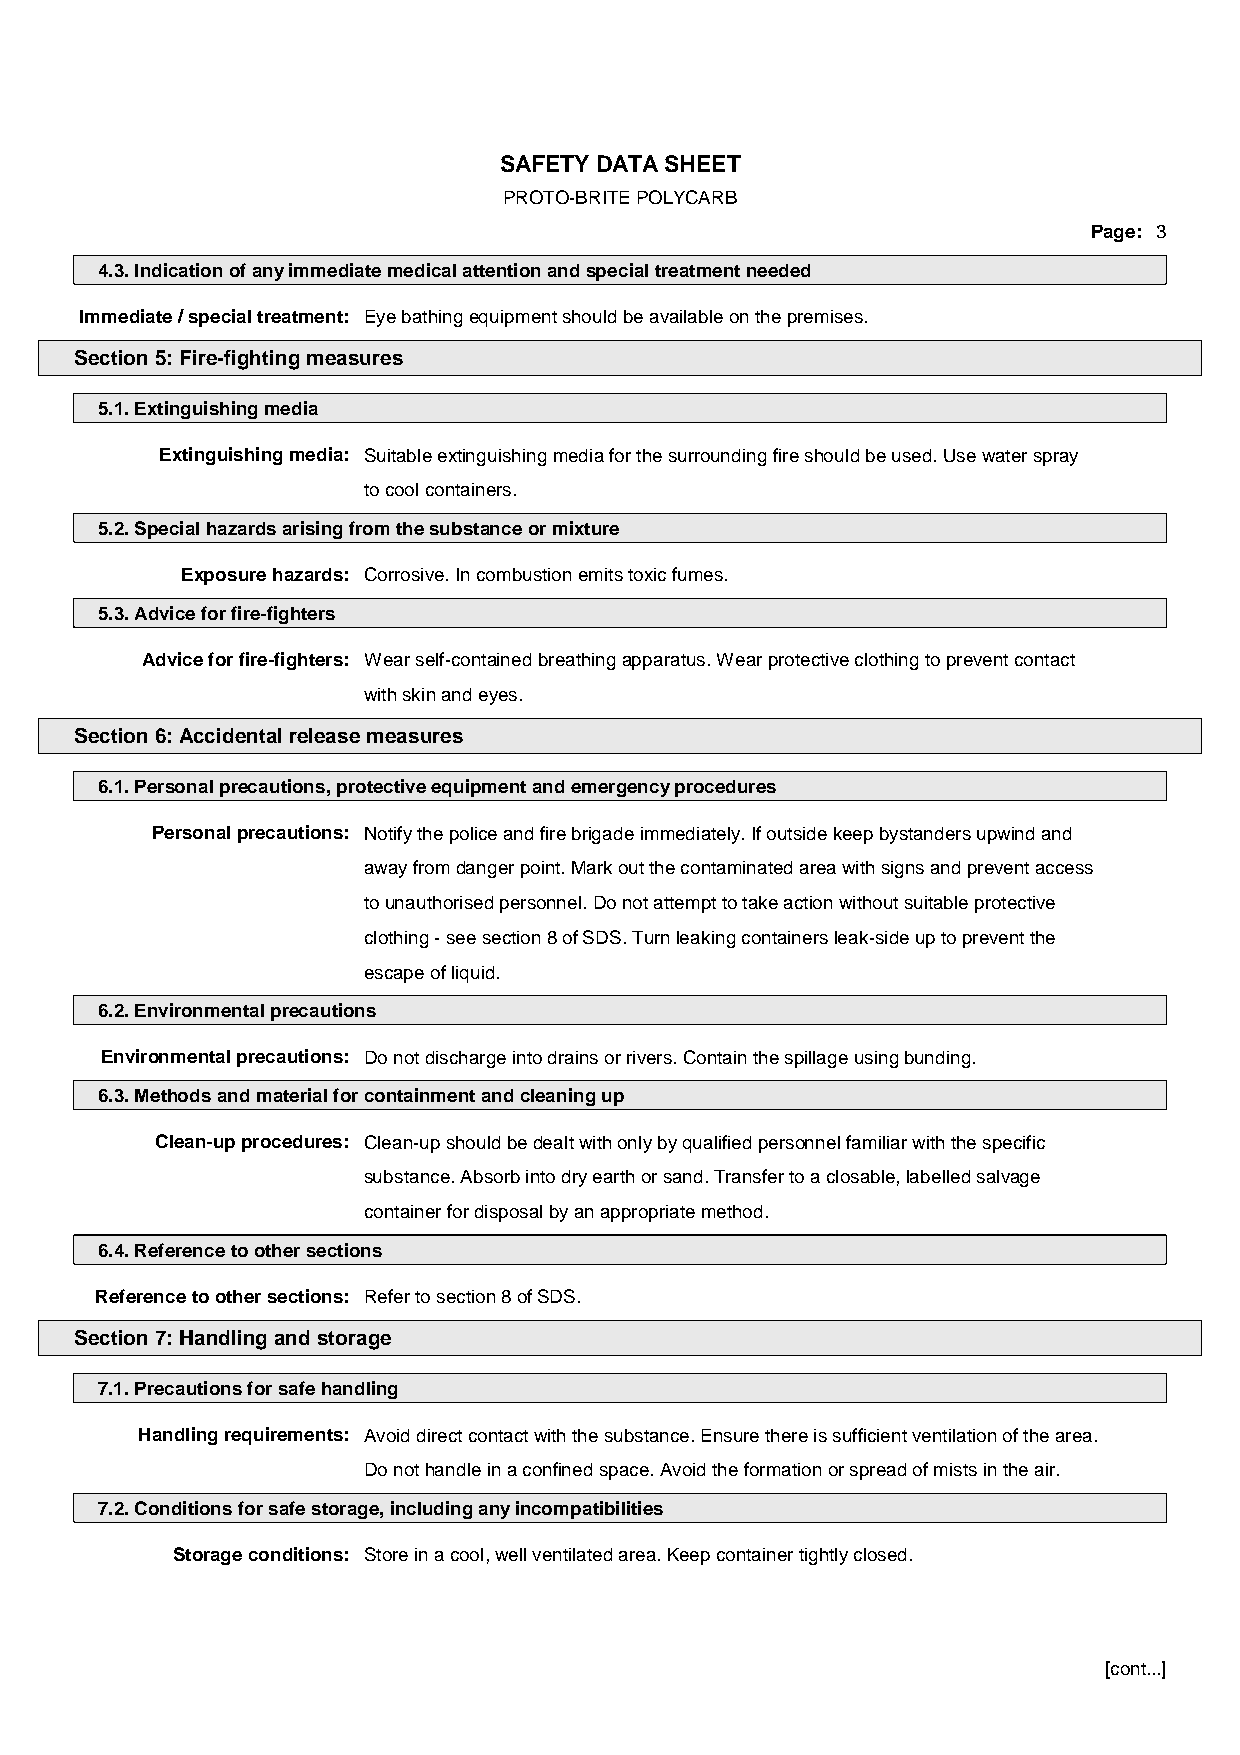
SAFETY DATA SHEET
 PROTO-BRITE POLYCARB
 Page: 3
 4.3. Indication of any immediate medical attention and special treatment needed
 Immediate / special treatment: Eye bathing equipment should be available on the premises.
 Section 5: Fire-fighting measures
 5.1. Extinguishing media
 Extinguishing media: Suitable extinguishing media for the surrounding fire should be used. Use water spray
 to cool containers.
 5.2. Special hazards arising from the substance or mixture
 Exposure hazards: Corrosive. In combustion emits toxic fumes.
 5.3. Advice for fire-fighters
 Advice for fire-fighters: Wear self-contained breathing apparatus. Wear protective clothing to prevent contact
 with skin and eyes.
 Section 6: Accidental release measures
 6.1. Personal precautions, protective equipment and emergency procedures
 Personal precautions: Notify the police and fire brigade immediately. If outside keep bystanders upwind and
 away from danger point. Mark out the contaminated area with signs and prevent access
 to unauthorised personnel. Do not attempt to take action without suitable protective
 clothing - see section 8 of SDS. Turn leaking containers leak-side up to prevent the
 escape of liquid.
 6.2. Environmental precautions
 Environmental precautions: Do not discharge into drains or rivers. Contain the spillage using bunding.
 6.3. Methods and material for containment and cleaning up
 Clean-up procedures: Clean-up should be dealt with only by qualified personnel familiar with the specific
 substance. Absorb into dry earth or sand. Transfer to a closable, labelled salvage
 container for disposal by an appropriate method.
 6.4. Reference to other sections
 Reference to other sections: Refer to section 8 of SDS.
 Section 7: Handling and storage
 7.1. Precautions for safe handling
 Handling requirements: Avoid direct contact with the substance. Ensure there is sufficient ventilation of the area.
 Do not handle in a confined space. Avoid the formation or spread of mists in the air.
 7.2. Conditions for safe storage, including any incompatibilities
 Storage conditions: Store in a cool, well ventilated area. Keep container tightly closed.
 [cont...]